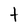
Character: t